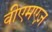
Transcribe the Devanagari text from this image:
वीएमएज़